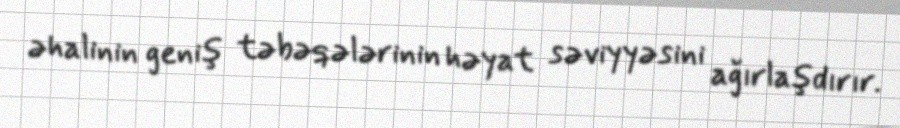
əhalinin geniş təbəqələrinin həyat səviyyəsini ağırlaşdırır.